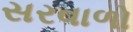
સરવાળો